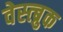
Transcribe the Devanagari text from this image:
वेस्त्ब्रुक